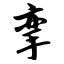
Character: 挛